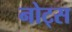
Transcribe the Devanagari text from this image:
नोट्‍स